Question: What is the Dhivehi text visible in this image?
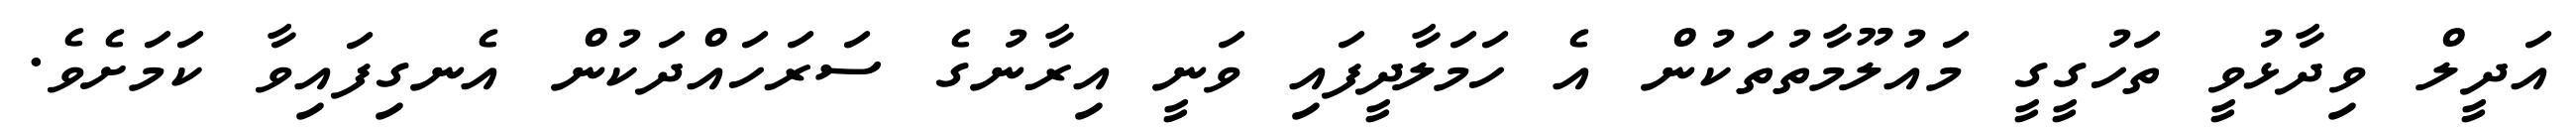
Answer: އަދީލް ވިދާޅުވީ ތަހުގީގީ މައުލޫމާތުތަކުން އެ ހަމަލާދީފައި ވަނީ އިރާނުގެ ސަރަހައްދަކުން އެނގިފައިވާ ކަމަށެވެ.